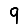
Digit: 9